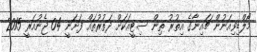
މޯލްޑިވިއަނުން ޗައިނާގެ އިތުރު ތިން ސިޓީއަކަށް ދަތުރުތައް ފަށަނީ 04 ޖެނުއަރީ 2015